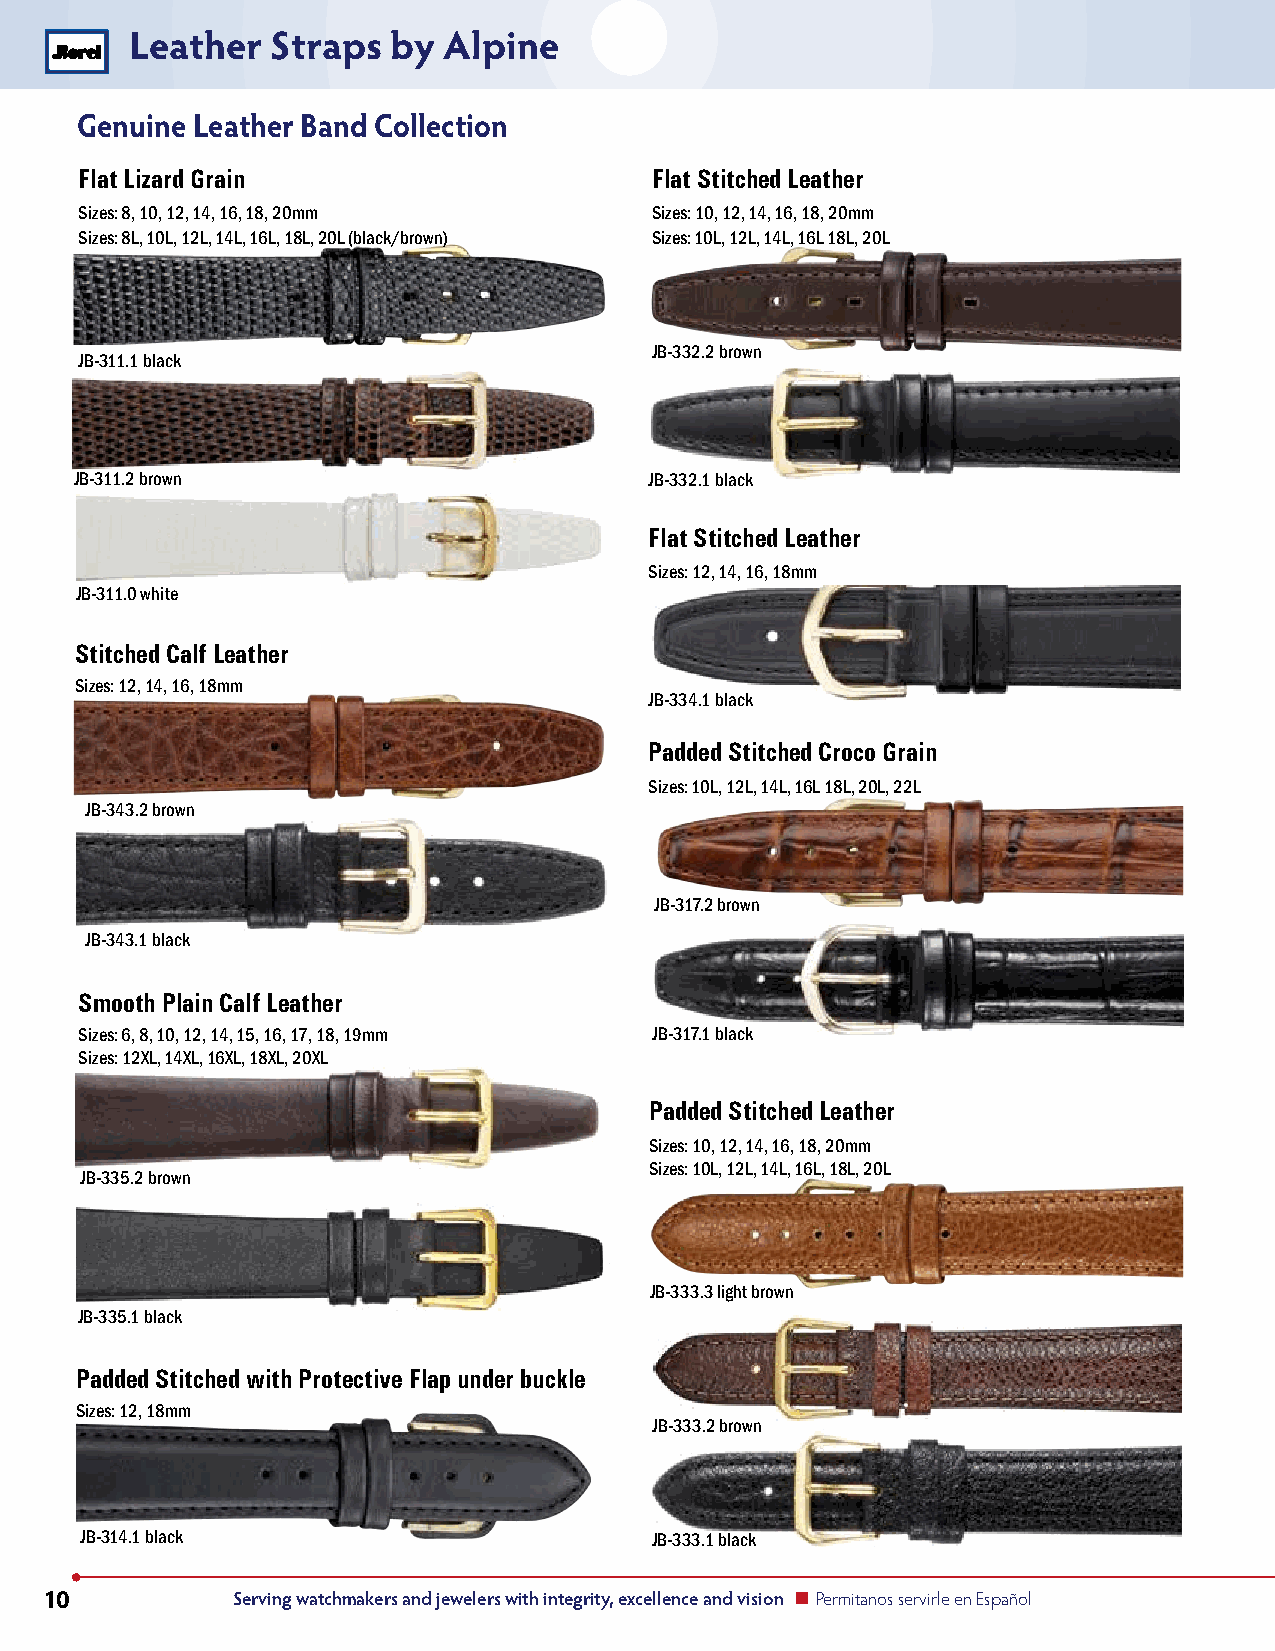
Leather  Straps  by Alpine
 Genuine Leather Band Collection
 Flat Lizard Grain                     Flat Stitched Leather
 Sizes: 8, 10, 12, 14, 16, 18, 20mm    Sizes: 10, 12, 14, 16, 18, 20mm
 Sizes: 8L, 10L, 12L, 14L, 16L, 18L, 20L (black/brown) Sizes: 10L, 12L, 14L, 16L 18L, 20L
 JB-332.2 brown
 JB-311.1 black
 JB-311.2 brown                        JB-332.1 black
 Flat Stitched Leather
 Sizes: 12, 14, 16, 18mm
 JB-311.0 white
 Stitched Calf Leather
 Sizes: 12, 14, 16, 18mm
 JB-334.1 black
 Padded Stitched Croco Grain
 Sizes: 10L, 12L, 14L, 16L 18L, 20L, 22L
 JB-343.2 brown
 JB-317.2 brown
 JB-343.1 black
 Smooth Plain Calf Leather
 Sizes: 6, 8, 10, 12, 14, 15, 16, 17, 18, 19mm JB-317.1 black
 Sizes: 12XL, 14XL, 16XL, 18XL, 20XL
 Padded Stitched Leather
 Sizes: 10, 12, 14, 16, 18, 20mm
 Sizes: 10L, 12L, 14L, 16L, 18L, 20L
 JB-335.2 brown
 JB-333.3 light brown
 JB-335.1 black
 Padded Stitched with Protective Flap under buckle
 Sizes: 12, 18mm
 JB-333.2 brown
 JB-314.1 black                        JB-333.1 black
 10          Serving watchmakers and jewelers with integrity, excellence and vision n Permitanos servirle en Español